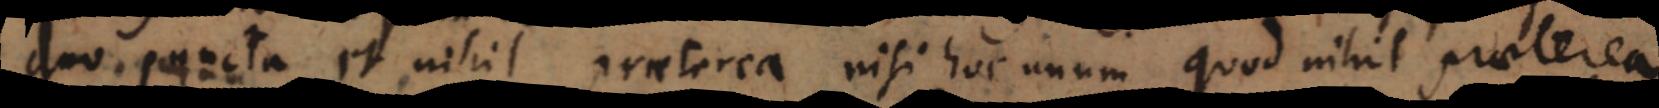
duo puncta et nihil praeterea nisi hoc unum quod nihil praeterea